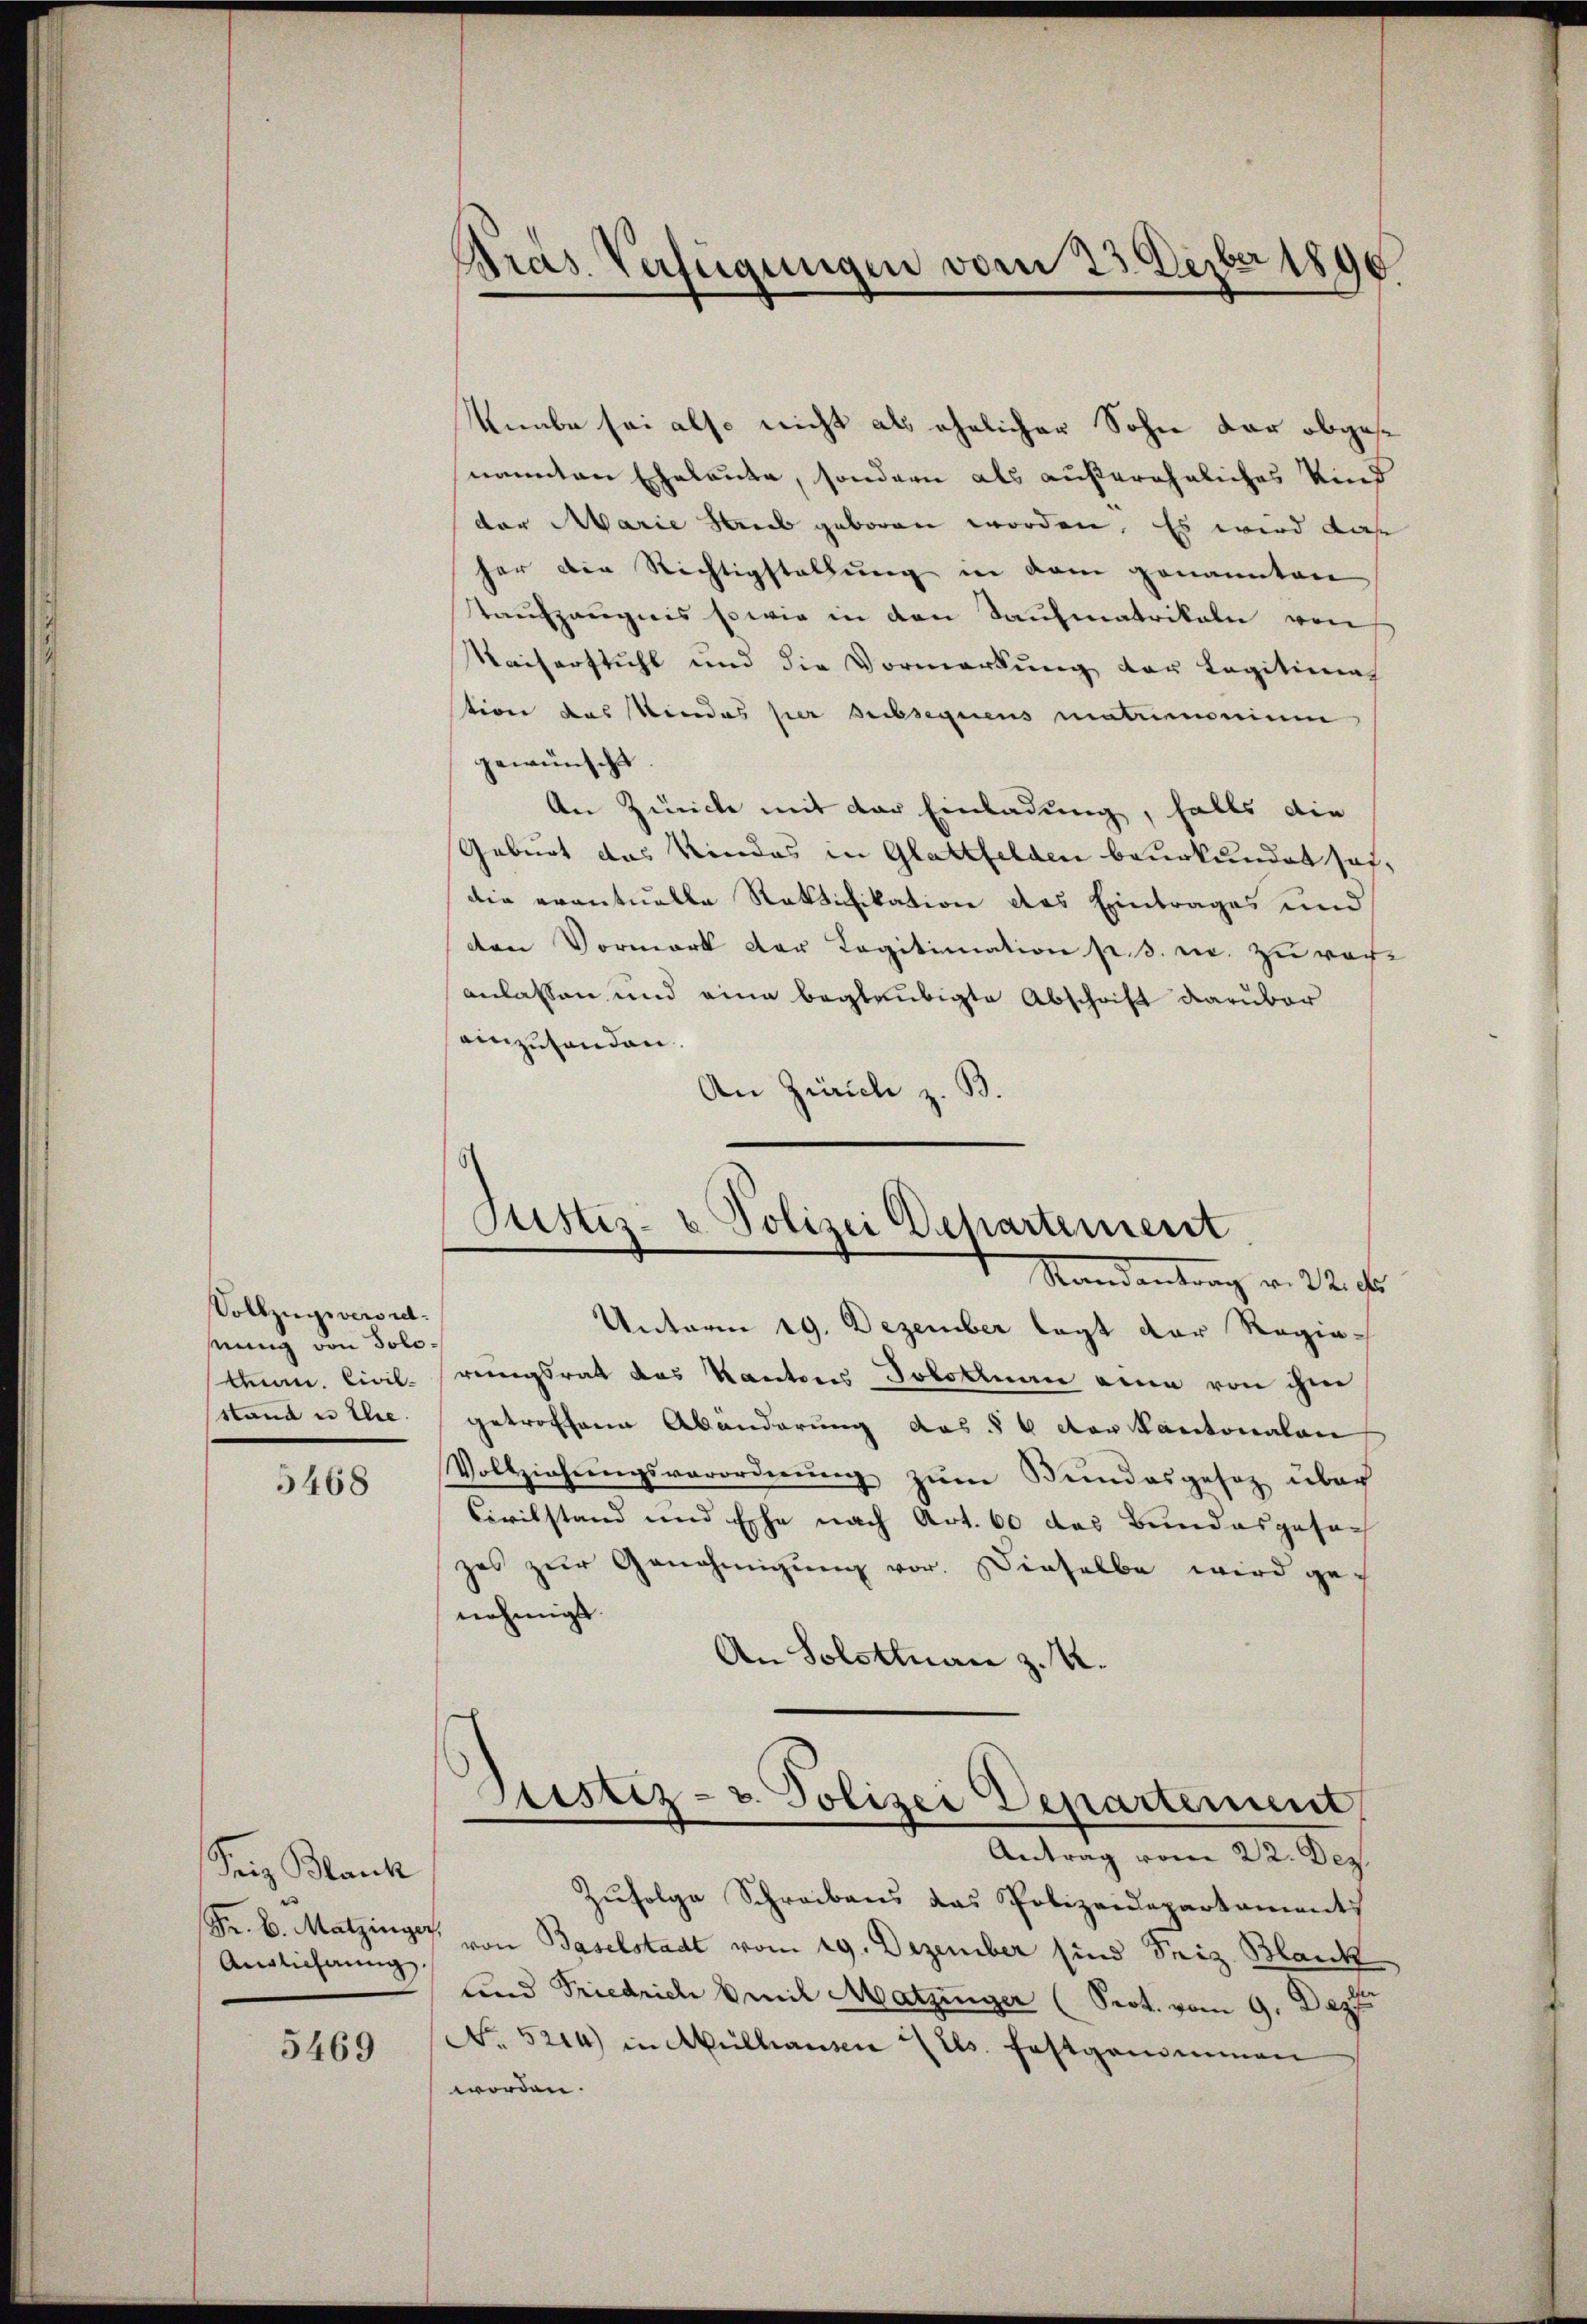
Vollzugsverordsnung von Solostand u Ehre.

5468

Seiz Blank
Anglicherung

5469

Präs. Verfügungen vom 23. Depber 1890

Knabe sei also nicht als ehelicher Sohn der abgese
nannten Eheleute, sondern als außereheliches Kind
der Marie Leib geboren worden. Es wird daß
her die Richtigstellung in dem genannten
taŭfzeŭgnis sowie in den Saufmatrikeln von
Kaiserstuhl und die Vormerkung der Legitimat
tion das Kindes ser subsequens matrimonium
gewünscht
An Zürche mit der Einladung, falls die
Geburt das Kindes in Glattfelden beurkundet sei,
die eventuelle Ratifikation des Eintrages und
den Vormark der Legitimation p. 3. m. zu reche
anlassen und eine beglaubigte Abschrift darüber
einzuhanden.
An Zürich z. B.

Justiz- & Polizei Departement.

Mandantrag v. 22. ds
Unterm 19. Dezember legt der Regietn. Civil ringsrat das Kantons Solothurn eine von ihm
getroffene Abänderung des §§ 6 der Kantonalen
Vollziehŭngsverordnŭng zum Bundesgesetz über
Civilstand und Esche nach Art. 60 das Bundesgesach
zes zur Genehmigung vor. Dieselbe wird genehmigt.
An Solothurn z. B.
Justiz- u. Polizei Departement
Antrag vom 22. Dez.
Zufolge Schreibens das Polizeidepartaments
Fr. 6. Matzinger von Baselstadt vom 29. Dezember sind Friz Blank
und Friedrich Emil Matzinger (Prot. vom 9. Dez
No. 5214) in Mülhausen   Es festgenommen
worden.